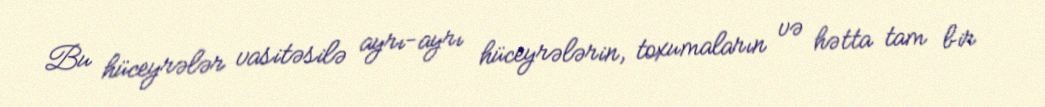
Bu hüceyrələr vasitəsilə ayrı-ayrı hüceyrələrin, toxumaların və hətta tam bir